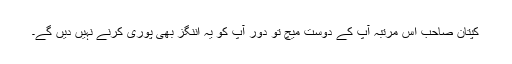
کپتان صاحب اس مرتبہ آپ کے دوست میچ تو دور آپ کو یہ اننگز بھی پوری کرنے نہیں دیں گے۔